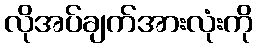
လိုအပ်ချက်အားလုံးကို